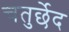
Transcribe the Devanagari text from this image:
चतुर्छेद